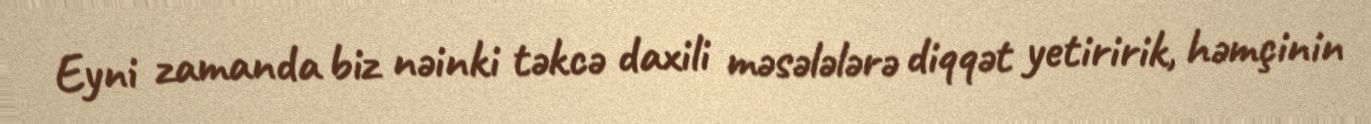
Eyni zamanda biz nəinki təkcə daxili məsələlərə diqqət yetiririk, həmçinin